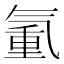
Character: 𣱧